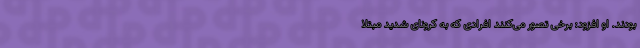
بودند. او افزود: برخی تصور می‌کنند افرادی که به کرونای شدید مبتلا